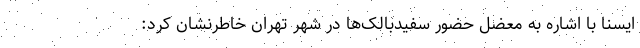
ایسنا با اشاره به معضل حضور سفیدبالک‌ها در شهر تهران خاطرنشان کرد: